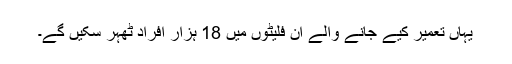
یہاں تعمیر کیے جانے والے ان فلیٹوں میں 18 ہزار افراد ٹھہر سکیں گے۔